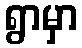
ရွာမှာ